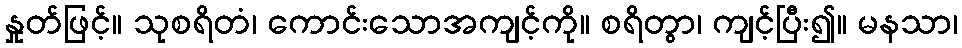
နှုတ်ဖြင့်။ သုစရိတံ၊ ကောင်းသောအကျင့်ကို။ စရိတွာ၊ ကျင့်ပြီး၍။ မနသာ၊